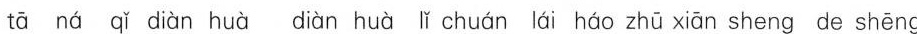
tā ná qǐ diàn huà diàn huà lǐ chuán lái háo zhū xiān sheng de shēng